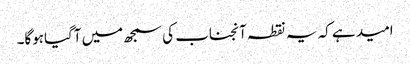
امید ہے کہ یہ نقطہ آنجناب کی سمجھ میں آگیاہوگا۔